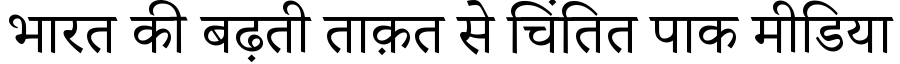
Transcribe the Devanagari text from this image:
भारत की बढ़ती ताक़त से चिंतित पाक मीडिया